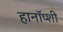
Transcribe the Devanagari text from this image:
हानॉप्शी